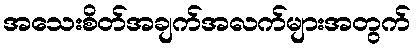
အသေးစိတ်အချက်အလက်များအတွက်